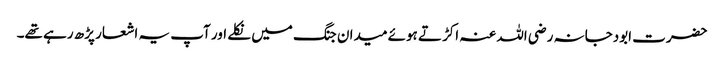
حضرت ابودجانہ رضی اللہ عنہ اکڑتے ہوئے میدان جنگ میں نکلے اور آپ یہ اشعار پڑھ رہے تھے۔